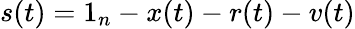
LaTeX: s(t)=1_{n}-x(t)-r(t)-v(t)